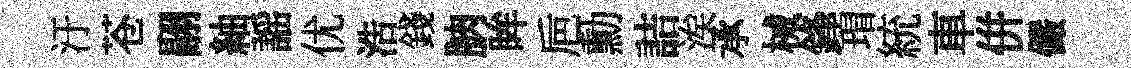
汙苍翮紬謡优浩錢朒眸巵勳詰涘承械鋒瑁統車併儼